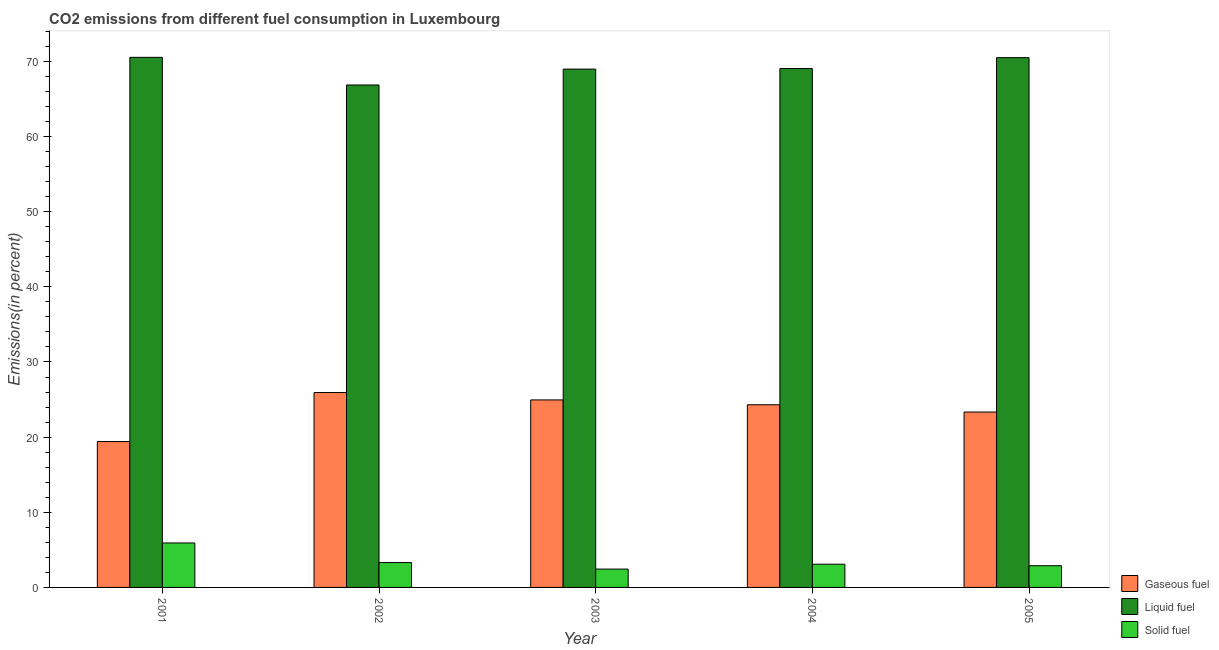
| Year | Gaseous fuel | Liquid fuel | Solid fuel |
 | --- | --- | --- | --- |
 | 2001 | 19.4 | 70.5 | 5.92 |
 | 2002 | 25.9 | 66.9 | 3.31 |
 | 2003 | 25 | 69 | 2.44 |
 | 2004 | 24.3 | 69.1 | 3.09 |
 | 2005 | 23.3 | 70.5 | 2.89 |